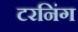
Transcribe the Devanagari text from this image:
टरनिंग